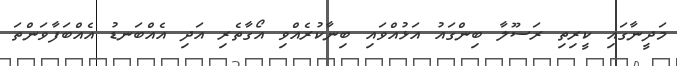
މަދީނާގައި ކީރިތި ރަސޫލާ ބިންގައު އަޅުއްވައި ބިނާކުރެއްވި އޯގާތެރި އަދި އެއްބަނޑު އެއްބަފާވަންތަ